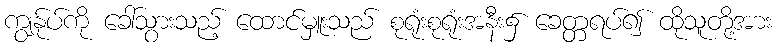
ကျွန်ုပ်ကို ခေါ်သွားသည့် ထောင်မှူးသည် စုရုံးစုရုံးအနီး၌ ခေတ္တရပ်၍ ထိုသူတို့အား